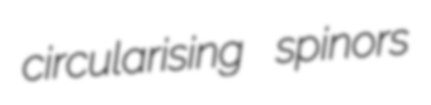
circularising spinors